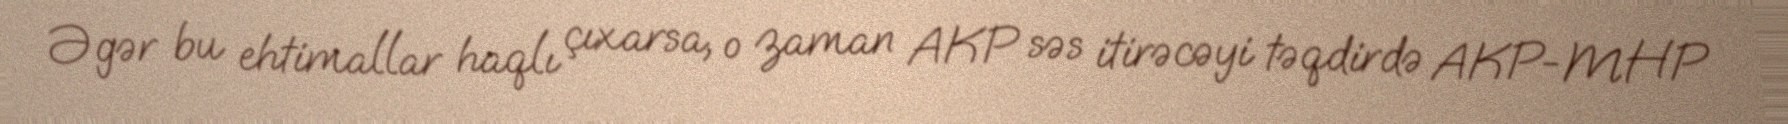
Əgər bu ehtimallar haqlı çıxarsa, o zaman AKP səs itirəcəyi təqdirdə AKP-MHP